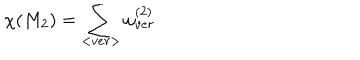
\chi ( M _ { 2 } ) = \sum _ { < v e r > } \omega _ { v e r } ^ { ( 2 ) }